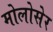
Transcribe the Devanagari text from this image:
मोलोसेर